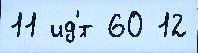
11 ид'́т 60 12